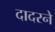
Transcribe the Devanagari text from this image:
दादरने